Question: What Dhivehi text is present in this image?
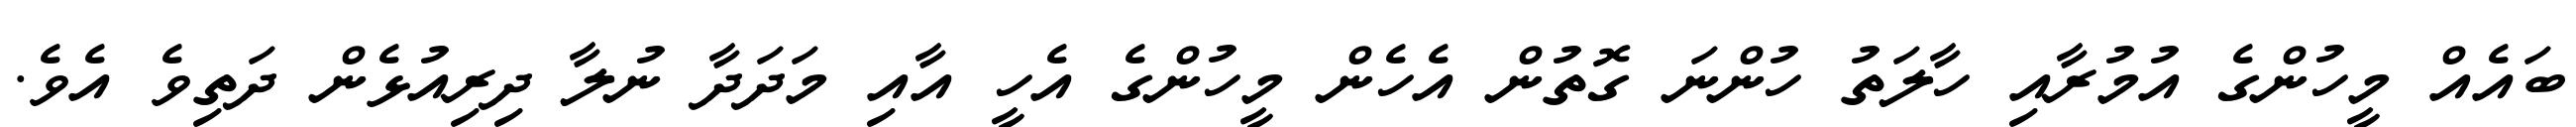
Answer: ބައެއް މީހުންގެ އުމުރާއި ހާލަތު ހުންނަ ގޮތުން އެހެން މީހުންގެ އެހީ އާއި މަދަދާ ނުލާ ދިރިއުޅެން ދަތިވެ އެވެ.